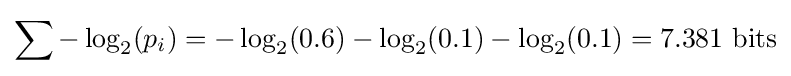
\sum -\log _{2}(p_{i})=-\log _{2}(0.6)-\log _{2}(0.1)-\log _{2}(0.1)=7.381{\text{ bits}}